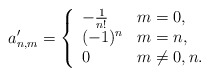
\begin{align*} a'_{n,m}=\left\{ \begin{array}{ll} -\frac{1}{n!} & m=0,\\ (-1)^n & m=n,\\ 0 & m\neq 0,n. \end{array}\right.\end{align*}